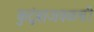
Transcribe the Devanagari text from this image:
कुटुंबाजवळची